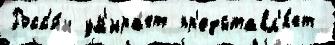
Росс'и́и ум'ира́ет пр'едставл'я́ет